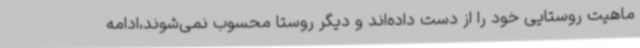
ماهیت روستایی خود را از دست داده‌اند و دیگر روستا محسوب نمی‌شوند،ادامه